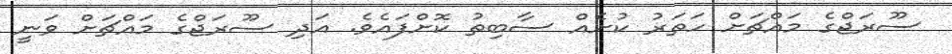
ސޫރަޖްގެ މައްޗަށް ހަތަރު ކުށެއް ސާބިތު ކޮށްފައެވެ. އަދި ސޫރަޖްގެ މައްޗަށް ވަނީ